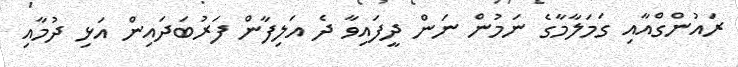
ރައުންގްއާއި ގަމަލާމާގެ ނަމުން ނަން ދީފައިވާ ދެ އަލިފާން ފަރުބަދައިން އަޅި ދުމާއި